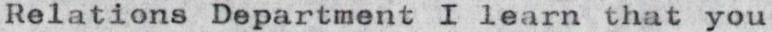
Relations Department I learn that you